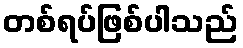
တစ်ရပ်ဖြစ်ပါသည်